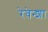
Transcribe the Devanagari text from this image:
रेवेन्शा